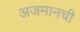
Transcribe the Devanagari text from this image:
अजमानची